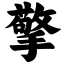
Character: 擎